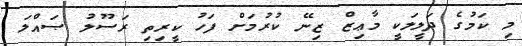
މި ކަމުގެ ދަލީލަކީ މާޢިޒް ޒިނޭ ކުރުމަށް ފަހު ކީރިތި ރަސޫލު ޞައްލަ